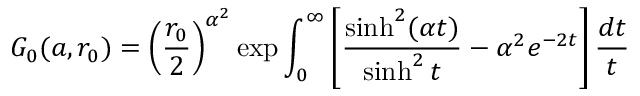
G _ { 0 } ( a , r _ { 0 } ) = \left( \frac { r _ { 0 } } 2 \right) ^ { \alpha ^ { 2 } } \exp \int _ { 0 } ^ { \infty } \left[ \frac { \sinh ^ { 2 } ( \alpha t ) } { \sinh ^ { 2 } t } - \alpha ^ { 2 } e ^ { - 2 t } \right] \frac { d t } t